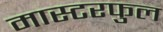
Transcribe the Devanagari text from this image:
मास्टरफुल